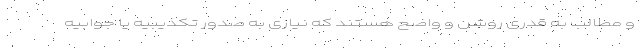
و مطالب به قدری روشن و واضح هستند که نیازی به صدور تکذیبیه یا جوابیه